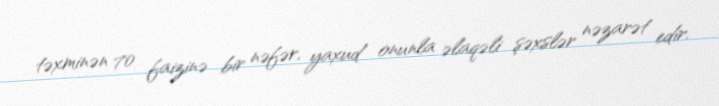
təxminən 70 faizinə bir nəfər, yaxud onunla əlaqəli şəxslər nəzarət edir.